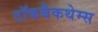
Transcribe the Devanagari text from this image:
टॉकबैकथेम्स